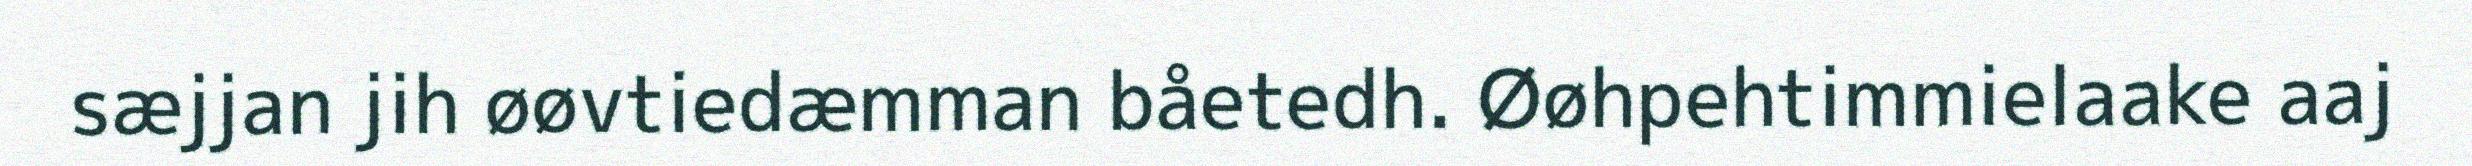
sæjjan jih øøvtiedæmman båetedh. Øøhpehtimmielaake aaj